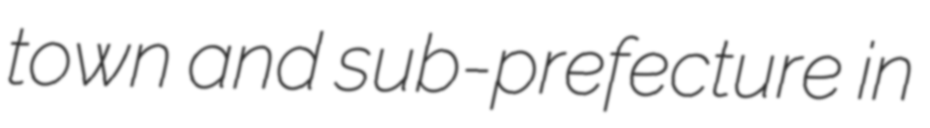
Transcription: town and sub-prefecture in